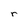
Character: r